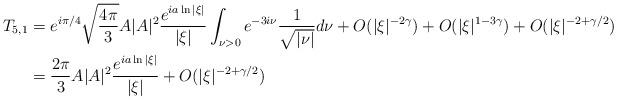
LaTeX: \begin{align*}T_{5,1} & =e^{i \pi /4} \sqrt{\frac{4\pi}{3}} A |A|^2 \frac{e^{ia \ln|\xi|}}{|\xi|}\int_{\nu>0} e^{-3i\nu}\frac{1}{\sqrt{|\nu|}}d\nu + O(|\xi|^{-2\gamma}) + O(|\xi|^{1-3\gamma}) + O(|\xi|^{-2+\gamma/2})\\ & = \frac{2\pi}{3} A |A|^2 \frac{e^{ia \ln|\xi|}}{|\xi|} + O(|\xi|^{-2+\gamma/2})\end{align*}